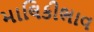
માલિકીભાવ